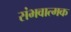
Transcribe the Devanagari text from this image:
संभवात्मक